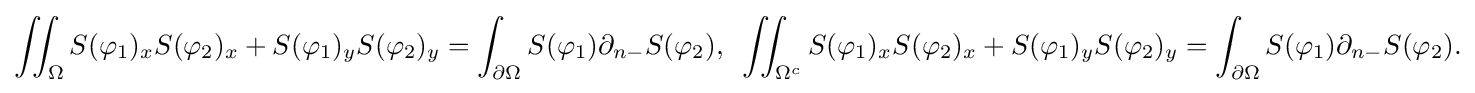
\displaystyle {\iint _{\Omega }S(\varphi _{1})_{x}S(\varphi _{2})_{x}+S(\varphi _{1})_{y}S(\varphi _{2})_{y}=\int _{\partial \Omega }S(\varphi _{1})\partial _{n-}S(\varphi _{2}),\,\,\,\iint _{\Omega ^{c}}S(\varphi _{1})_{x}S(\varphi _{2})_{x}+S(\varphi _{1})_{y}S(\varphi _{2})_{y}=\int _{\partial \Omega }S(\varphi _{1})\partial _{n-}S(\varphi _{2}).}